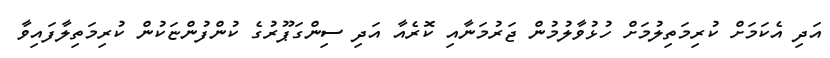
އަދި އެކަމަށް ކުރިމަތިލުމަށް ހުޅުވާލުމުން ޖަރުމަނާއި ކޮރެއާ އަދި ސިންގަޕޫރުގެ ކުންފުންޏަކުން ކުރިމަތިލާފައިވާ